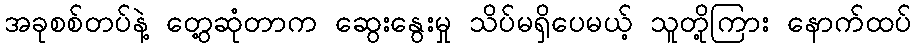
အခုစစ်တပ်နဲ့ တွေ့ဆုံတာက ဆွေးနွေးမှု သိပ်မရှိပေမယ့် သူတို့ကြား နောက်ထပ်